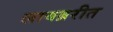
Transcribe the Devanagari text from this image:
लायब्ररीत